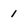
Character: 1